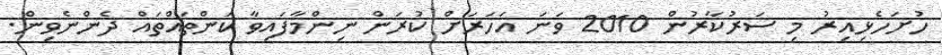
ހުށަހެޅިއިރު މި ސަރުކާރުން 2010 ވަނަ އަހަރަށް ކުރަން ނިންމާފައިވާ ކަންތައްތައް ދެންނެވިން.